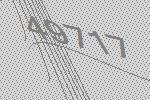
49717